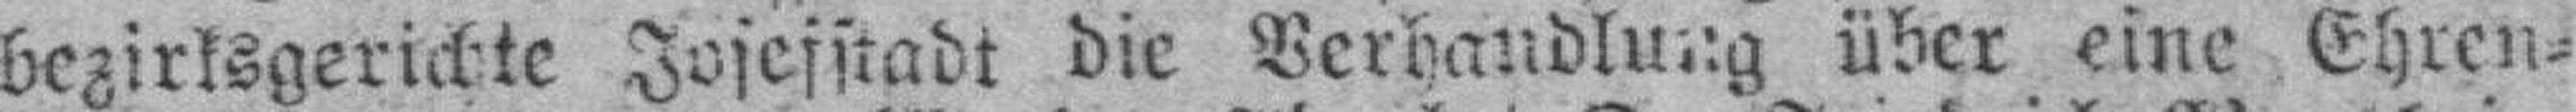
bezirksgerichte Josefstadt die Verhandlung über eine Ehren¬